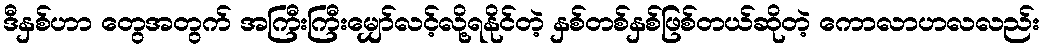
ဒီနှစ်ဟာ တွေအတွက် အကြီးကြီးမျှော်လင့်လို့ရနိုင်တဲ့ နှစ်တစ်နှစ်ဖြစ်တယ်ဆိုတဲ့ ကောလာဟလလည်း